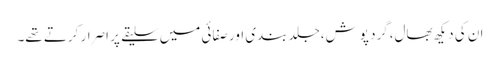
ان کی دیکھ بھال،گرد پوش،جلد بندی اور صفائی میں سلیقے پر اصرار کرتے تھے۔